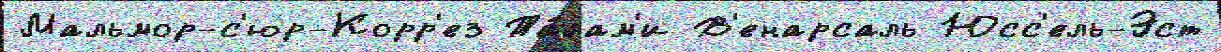
Мальмор-с'юр-Корр'ез Та́лам'и В'енарсаль Юсс'ель-Эст